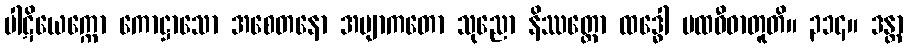
ပါဋိယေက္ကော ကောဋ္ဌာသော အစေတနော အဗျာကတော သုညော နိဿတ္တော ထဒ္ဓေါ ပထဝီဓာတူတိ။ ၃၁၄။ ဒန္တာ